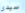
سيدي